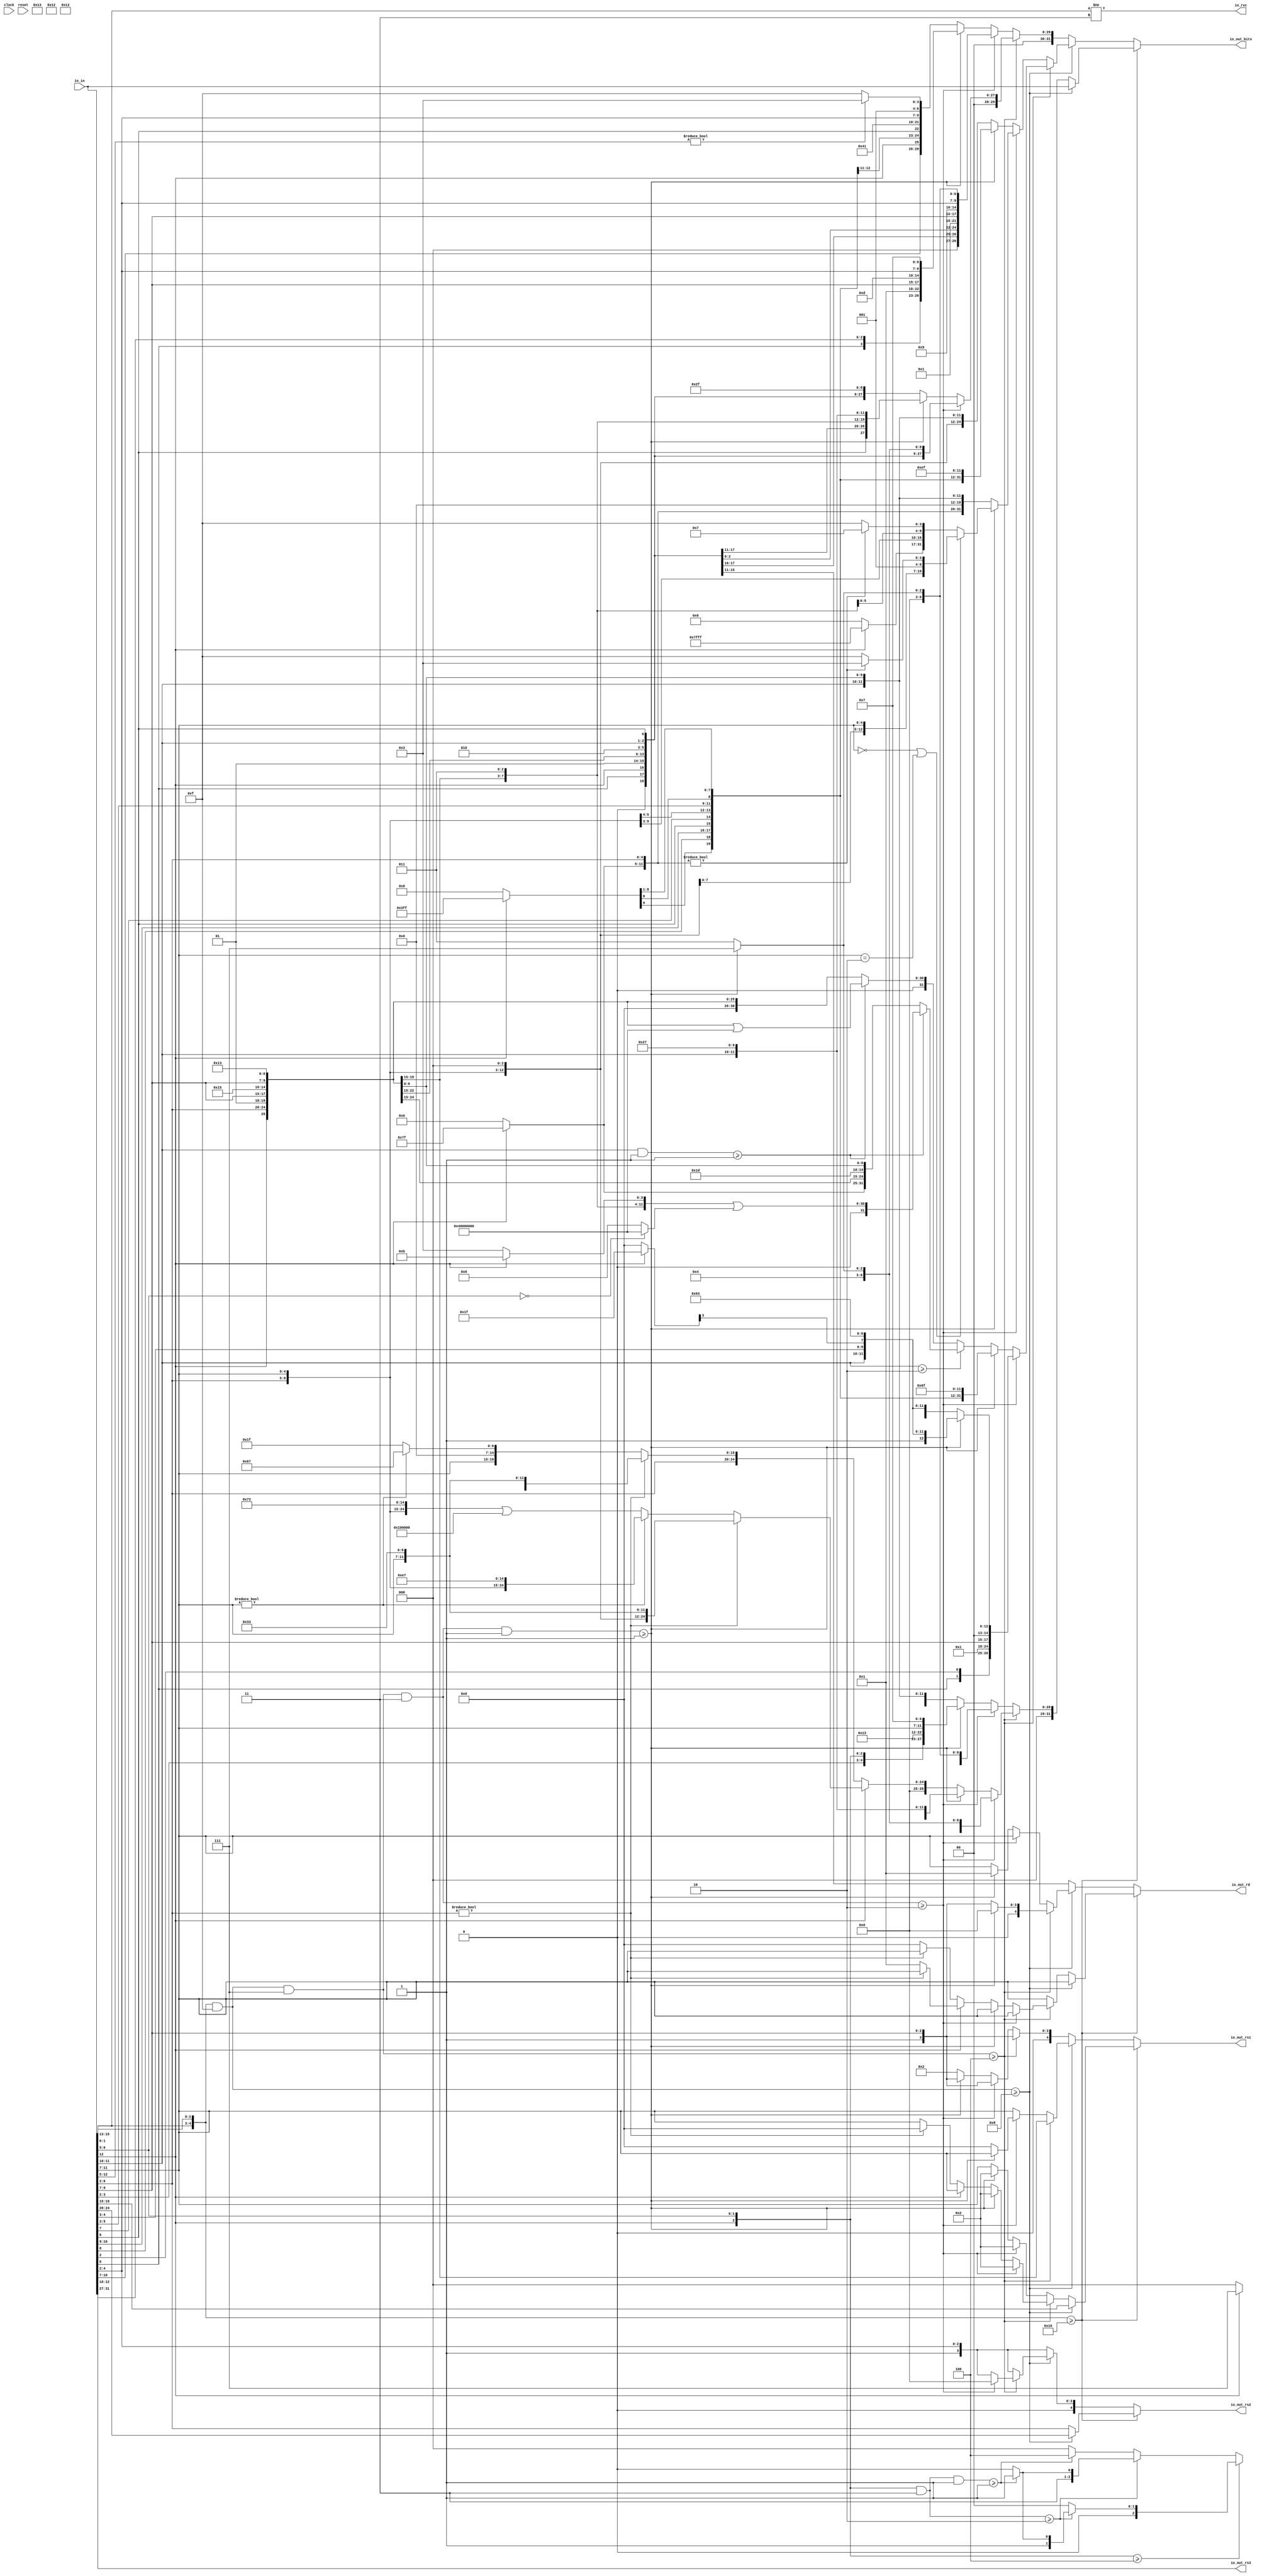
module RVCExpander(
  input   clock,
  input   reset,
  input  [31:0] io_in,
  output [31:0] io_out_bits,
  output [4:0] io_out_rd,
  output [4:0] io_out_rs1,
  output [4:0] io_out_rs2,
  output [4:0] io_out_rs3,
  output  io_rvc
);
  wire [1:0] T_12;
  wire  T_14;
  wire [7:0] T_15;
  wire  T_17;
  wire [6:0] T_20;
  wire [3:0] T_21;
  wire [1:0] T_22;
  wire  T_23;
  wire  T_24;
  wire [2:0] T_26;
  wire [5:0] T_27;
  wire [6:0] T_28;
  wire [9:0] T_29;
  wire [2:0] T_33;
  wire [4:0] T_34;
  wire [11:0] T_35;
  wire [14:0] T_36;
  wire [17:0] T_37;
  wire [29:0] T_38;
  wire [4:0] T_46;
  wire [31:0] T_53_bits;
  wire [4:0] T_53_rd;
  wire [4:0] T_53_rs1;
  wire [4:0] T_53_rs2;
  wire [4:0] T_53_rs3;
  wire [1:0] T_59;
  wire [2:0] T_60;
  wire [4:0] T_62;
  wire [7:0] T_63;
  wire [2:0] T_65;
  wire [4:0] T_66;
  wire [11:0] T_72;
  wire [12:0] T_73;
  wire [15:0] T_74;
  wire [27:0] T_75;
  wire [31:0] T_92_bits;
  wire [4:0] T_92_rd;
  wire [4:0] T_92_rs1;
  wire [4:0] T_92_rs2;
  wire [4:0] T_92_rs3;
  wire [3:0] T_103;
  wire [6:0] T_104;
  wire [11:0] T_113;
  wire [11:0] T_114;
  wire [14:0] T_115;
  wire [26:0] T_116;
  wire [31:0] T_133_bits;
  wire [4:0] T_133_rd;
  wire [4:0] T_133_rs1;
  wire [4:0] T_133_rs2;
  wire [4:0] T_133_rs3;
  wire [26:0] T_157;
  wire [31:0] T_174_bits;
  wire [4:0] T_174_rd;
  wire [4:0] T_174_rs1;
  wire [4:0] T_174_rs2;
  wire [4:0] T_174_rs3;
  wire [1:0] T_187;
  wire [4:0] T_202;
  wire [7:0] T_204;
  wire [14:0] T_205;
  wire [6:0] T_206;
  wire [11:0] T_207;
  wire [26:0] T_208;
  wire [31:0] T_225_bits;
  wire [4:0] T_225_rd;
  wire [4:0] T_225_rs1;
  wire [4:0] T_225_rs2;
  wire [4:0] T_225_rs3;
  wire [2:0] T_236;
  wire [4:0] T_249;
  wire [7:0] T_251;
  wire [14:0] T_252;
  wire [7:0] T_253;
  wire [12:0] T_254;
  wire [27:0] T_255;
  wire [31:0] T_272_bits;
  wire [4:0] T_272_rd;
  wire [4:0] T_272_rs1;
  wire [4:0] T_272_rs2;
  wire [4:0] T_272_rs3;
  wire [14:0] T_303;
  wire [26:0] T_306;
  wire [31:0] T_323_bits;
  wire [4:0] T_323_rd;
  wire [4:0] T_323_rs1;
  wire [4:0] T_323_rs2;
  wire [4:0] T_323_rs3;
  wire [14:0] T_354;
  wire [26:0] T_357;
  wire [31:0] T_374_bits;
  wire [4:0] T_374_rd;
  wire [4:0] T_374_rs1;
  wire [4:0] T_374_rs2;
  wire [4:0] T_374_rs3;
  wire  T_380;
  wire [6:0] T_384;
  wire [4:0] T_385;
  wire [11:0] T_386;
  wire [4:0] T_387;
  wire [11:0] T_391;
  wire [16:0] T_392;
  wire [19:0] T_393;
  wire [31:0] T_394;
  wire [31:0] T_407_bits;
  wire [4:0] T_407_rd;
  wire [4:0] T_407_rs1;
  wire [4:0] T_407_rs2;
  wire [4:0] T_407_rs3;
  wire [9:0] T_417;
  wire  T_418;
  wire [1:0] T_419;
  wire  T_421;
  wire  T_422;
  wire  T_423;
  wire [2:0] T_424;
  wire [3:0] T_426;
  wire [1:0] T_427;
  wire [5:0] T_428;
  wire [1:0] T_429;
  wire [10:0] T_430;
  wire [12:0] T_431;
  wire [14:0] T_432;
  wire [20:0] T_433;
  wire  T_434;
  wire [9:0] T_456;
  wire  T_478;
  wire [7:0] T_500;
  wire [12:0] T_503;
  wire [19:0] T_504;
  wire [10:0] T_505;
  wire [11:0] T_506;
  wire [31:0] T_507;
  wire [31:0] T_520_bits;
  wire [4:0] T_520_rd;
  wire [4:0] T_520_rs1;
  wire [4:0] T_520_rs2;
  wire [4:0] T_520_rs3;
  wire [16:0] T_538;
  wire [19:0] T_539;
  wire [31:0] T_540;
  wire [31:0] T_553_bits;
  wire [4:0] T_553_rd;
  wire [4:0] T_553_rs1;
  wire [4:0] T_553_rs2;
  wire [4:0] T_553_rs3;
  wire  T_567;
  wire [6:0] T_570;
  wire [14:0] T_575;
  wire [19:0] T_578;
  wire [31:0] T_579;
  wire [19:0] T_580;
  wire [24:0] T_582;
  wire [31:0] T_583;
  wire [31:0] T_596_bits;
  wire [4:0] T_596_rd;
  wire [4:0] T_596_rs1;
  wire [4:0] T_596_rs2;
  wire [4:0] T_596_rs3;
  wire  T_604;
  wire  T_607;
  wire  T_608;
  wire [6:0] T_620;
  wire [2:0] T_625;
  wire [1:0] T_626;
  wire [1:0] T_631;
  wire [5:0] T_632;
  wire [4:0] T_633;
  wire [5:0] T_634;
  wire [11:0] T_635;
  wire [11:0] T_639;
  wire [16:0] T_640;
  wire [19:0] T_641;
  wire [31:0] T_642;
  wire [31:0] T_655_bits;
  wire [4:0] T_655_rd;
  wire [4:0] T_655_rs1;
  wire [4:0] T_655_rs2;
  wire [4:0] T_655_rs3;
  wire [31:0] T_661_bits;
  wire [4:0] T_661_rd;
  wire [4:0] T_661_rs1;
  wire [4:0] T_661_rs2;
  wire [4:0] T_661_rs3;
  wire [5:0] T_669;
  wire [11:0] T_678;
  wire [10:0] T_679;
  wire [13:0] T_680;
  wire [25:0] T_681;
  wire [30:0] GEN_0;
  wire [30:0] T_698;
  wire [16:0] T_715;
  wire [19:0] T_716;
  wire [31:0] T_717;
  wire [2:0] T_728;
  wire [2:0] T_730;
  wire  T_732;
  wire [2:0] T_734;
  wire  T_736;
  wire  T_740;
  wire [1:0] T_741;
  wire [1:0] T_747;
  wire [2:0] T_756;
  wire [2:0] T_761;
  wire [2:0] T_762;
  wire [2:0] T_763;
  wire  T_766;
  wire [30:0] T_769;
  wire [6:0] T_773;
  wire [11:0] T_783;
  wire [9:0] T_784;
  wire [12:0] T_785;
  wire [24:0] T_786;
  wire [30:0] GEN_1;
  wire [30:0] T_787;
  wire [1:0] T_788;
  wire [1:0] T_790;
  wire  T_792;
  wire  T_796;
  wire [31:0] T_797;
  wire [30:0] T_802;
  wire [31:0] T_803;
  wire [31:0] T_820_bits;
  wire [4:0] T_820_rd;
  wire [4:0] T_820_rs1;
  wire [4:0] T_820_rs2;
  wire [4:0] T_820_rs3;
  wire [12:0] T_916;
  wire [19:0] T_917;
  wire [31:0] T_920;
  wire [31:0] T_935_bits;
  wire [4:0] T_935_rd;
  wire [4:0] T_935_rs1;
  wire [4:0] T_935_rs2;
  wire [4:0] T_935_rs3;
  wire [4:0] T_945;
  wire [3:0] T_951;
  wire [4:0] T_952;
  wire [6:0] T_953;
  wire [7:0] T_954;
  wire [12:0] T_955;
  wire  T_956;
  wire [5:0] T_972;
  wire [3:0] T_993;
  wire  T_1009;
  wire [7:0] T_1011;
  wire [6:0] T_1012;
  wire [14:0] T_1013;
  wire [9:0] T_1014;
  wire [6:0] T_1015;
  wire [16:0] T_1016;
  wire [31:0] T_1017;
  wire [31:0] T_1032_bits;
  wire [4:0] T_1032_rd;
  wire [4:0] T_1032_rs1;
  wire [4:0] T_1032_rs2;
  wire [4:0] T_1032_rs3;
  wire [6:0] T_1109;
  wire [14:0] T_1110;
  wire [31:0] T_1114;
  wire [31:0] T_1127_bits;
  wire [4:0] T_1127_rd;
  wire [4:0] T_1127_rs1;
  wire [4:0] T_1127_rs2;
  wire [4:0] T_1127_rs3;
  wire [10:0] T_1141;
  wire [13:0] T_1142;
  wire [25:0] T_1143;
  wire [31:0] T_1154_bits;
  wire [4:0] T_1154_rd;
  wire [4:0] T_1154_rs1;
  wire [4:0] T_1154_rs2;
  wire [4:0] T_1154_rs3;
  wire [4:0] T_1164;
  wire [3:0] T_1165;
  wire [8:0] T_1166;
  wire [11:0] T_1171;
  wire [13:0] T_1172;
  wire [16:0] T_1173;
  wire [28:0] T_1174;
  wire [31:0] T_1185_bits;
  wire [4:0] T_1185_rd;
  wire [4:0] T_1185_rs1;
  wire [4:0] T_1185_rs2;
  wire [4:0] T_1185_rs3;
  wire [1:0] T_1191;
  wire [2:0] T_1193;
  wire [4:0] T_1195;
  wire [2:0] T_1196;
  wire [7:0] T_1197;
  wire [11:0] T_1202;
  wire [12:0] T_1203;
  wire [15:0] T_1204;
  wire [27:0] T_1205;
  wire [31:0] T_1216_bits;
  wire [4:0] T_1216_rd;
  wire [4:0] T_1216_rs1;
  wire [4:0] T_1216_rs2;
  wire [4:0] T_1216_rs3;
  wire [27:0] T_1236;
  wire [31:0] T_1247_bits;
  wire [4:0] T_1247_rd;
  wire [4:0] T_1247_rs1;
  wire [4:0] T_1247_rs2;
  wire [4:0] T_1247_rs3;
  wire [11:0] T_1258;
  wire [9:0] T_1259;
  wire [12:0] T_1260;
  wire [24:0] T_1261;
  wire [31:0] T_1272_bits;
  wire [4:0] T_1272_rd;
  wire [4:0] T_1272_rs1;
  wire [4:0] T_1272_rs2;
  wire [4:0] T_1272_rs3;
  wire [9:0] T_1284;
  wire [12:0] T_1285;
  wire [24:0] T_1286;
  wire [31:0] T_1297_bits;
  wire [4:0] T_1297_rd;
  wire [4:0] T_1297_rs1;
  wire [4:0] T_1297_rs2;
  wire [4:0] T_1297_rs3;
  wire [24:0] T_1311;
  wire [17:0] T_1312;
  wire [24:0] T_1314;
  wire  T_1317;
  wire [24:0] T_1318;
  wire [31:0] T_1329_bits;
  wire [4:0] T_1329_rd;
  wire [4:0] T_1329_rs1;
  wire [4:0] T_1329_rs2;
  wire [4:0] T_1329_rs3;
  wire  T_1337;
  wire [31:0] T_1338_bits;
  wire [4:0] T_1338_rd;
  wire [4:0] T_1338_rs1;
  wire [4:0] T_1338_rs2;
  wire [4:0] T_1338_rs3;
  wire [24:0] T_1352;
  wire [24:0] T_1355;
  wire [24:0] T_1357;
  wire [24:0] T_1361;
  wire [31:0] T_1372_bits;
  wire [4:0] T_1372_rd;
  wire [4:0] T_1372_rs1;
  wire [4:0] T_1372_rs2;
  wire [4:0] T_1372_rs3;
  wire [31:0] T_1381_bits;
  wire [4:0] T_1381_rd;
  wire [4:0] T_1381_rs1;
  wire [4:0] T_1381_rs2;
  wire [4:0] T_1381_rs3;
  wire [31:0] T_1388_bits;
  wire [4:0] T_1388_rd;
  wire [4:0] T_1388_rs1;
  wire [4:0] T_1388_rs2;
  wire [4:0] T_1388_rs3;
  wire [5:0] T_1397;
  wire [8:0] T_1398;
  wire [3:0] T_1399;
  wire [4:0] T_1408;
  wire [7:0] T_1410;
  wire [14:0] T_1411;
  wire [8:0] T_1412;
  wire [13:0] T_1413;
  wire [28:0] T_1414;
  wire [31:0] T_1425_bits;
  wire [4:0] T_1425_rd;
  wire [4:0] T_1425_rs1;
  wire [4:0] T_1425_rs2;
  wire [4:0] T_1425_rs3;
  wire [1:0] T_1431;
  wire [3:0] T_1432;
  wire [5:0] T_1434;
  wire [7:0] T_1435;
  wire [2:0] T_1436;
  wire [4:0] T_1445;
  wire [7:0] T_1447;
  wire [14:0] T_1448;
  wire [7:0] T_1449;
  wire [12:0] T_1450;
  wire [27:0] T_1451;
  wire [31:0] T_1462_bits;
  wire [4:0] T_1462_rd;
  wire [4:0] T_1462_rs1;
  wire [4:0] T_1462_rs2;
  wire [4:0] T_1462_rs3;
  wire [14:0] T_1485;
  wire [27:0] T_1488;
  wire [31:0] T_1499_bits;
  wire [4:0] T_1499_rd;
  wire [4:0] T_1499_rs1;
  wire [4:0] T_1499_rs2;
  wire [4:0] T_1499_rs3;
  wire [4:0] T_1506;
  wire [4:0] T_1507;
  wire [31:0] T_1515_bits;
  wire [4:0] T_1515_rd;
  wire [4:0] T_1515_rs1;
  wire [4:0] T_1515_rs2;
  wire [4:0] T_1515_rs3;
  wire [31:0] T_1531_bits;
  wire [4:0] T_1531_rd;
  wire [4:0] T_1531_rs1;
  wire [4:0] T_1531_rs2;
  wire [4:0] T_1531_rs3;
  wire [31:0] T_1547_bits;
  wire [4:0] T_1547_rd;
  wire [4:0] T_1547_rs1;
  wire [4:0] T_1547_rs2;
  wire [4:0] T_1547_rs3;
  wire [31:0] T_1563_bits;
  wire [4:0] T_1563_rd;
  wire [4:0] T_1563_rs1;
  wire [4:0] T_1563_rs2;
  wire [4:0] T_1563_rs3;
  wire [31:0] T_1579_bits;
  wire [4:0] T_1579_rd;
  wire [4:0] T_1579_rs1;
  wire [4:0] T_1579_rs2;
  wire [4:0] T_1579_rs3;
  wire [31:0] T_1595_bits;
  wire [4:0] T_1595_rd;
  wire [4:0] T_1595_rs1;
  wire [4:0] T_1595_rs2;
  wire [4:0] T_1595_rs3;
  wire [31:0] T_1611_bits;
  wire [4:0] T_1611_rd;
  wire [4:0] T_1611_rs1;
  wire [4:0] T_1611_rs2;
  wire [4:0] T_1611_rs3;
  wire [31:0] T_1627_bits;
  wire [4:0] T_1627_rd;
  wire [4:0] T_1627_rs1;
  wire [4:0] T_1627_rs2;
  wire [4:0] T_1627_rs3;
  wire [2:0] T_1634;
  wire [4:0] T_1635;
  wire [4:0] T_1637;
  wire  T_1639;
  wire [4:0] T_1641;
  wire  T_1643;
  wire [4:0] T_1645;
  wire  T_1647;
  wire [4:0] T_1649;
  wire  T_1651;
  wire  T_1655;
  wire [31:0] T_1656_bits;
  wire [4:0] T_1656_rd;
  wire [4:0] T_1656_rs1;
  wire [4:0] T_1656_rs2;
  wire [4:0] T_1656_rs3;
  wire [31:0] T_1666_bits;
  wire [4:0] T_1666_rd;
  wire [4:0] T_1666_rs1;
  wire [4:0] T_1666_rs2;
  wire [4:0] T_1666_rs3;
  wire [31:0] T_1672_bits;
  wire [4:0] T_1672_rd;
  wire [4:0] T_1672_rs1;
  wire [4:0] T_1672_rs2;
  wire [4:0] T_1672_rs3;
  wire [31:0] T_1686_bits;
  wire [4:0] T_1686_rd;
  wire [4:0] T_1686_rs1;
  wire [4:0] T_1686_rs2;
  wire [4:0] T_1686_rs3;
  wire [31:0] T_1696_bits;
  wire [4:0] T_1696_rd;
  wire [4:0] T_1696_rs1;
  wire [4:0] T_1696_rs2;
  wire [4:0] T_1696_rs3;
  wire [31:0] T_1702_bits;
  wire [4:0] T_1702_rd;
  wire [4:0] T_1702_rs1;
  wire [4:0] T_1702_rs2;
  wire [4:0] T_1702_rs3;
  wire [31:0] T_1708_bits;
  wire [4:0] T_1708_rd;
  wire [4:0] T_1708_rs1;
  wire [4:0] T_1708_rs2;
  wire [4:0] T_1708_rs3;
  wire [31:0] T_1726_bits;
  wire [4:0] T_1726_rd;
  wire [4:0] T_1726_rs1;
  wire [4:0] T_1726_rs2;
  wire [4:0] T_1726_rs3;
  wire [31:0] T_1736_bits;
  wire [4:0] T_1736_rd;
  wire [4:0] T_1736_rs1;
  wire [4:0] T_1736_rs2;
  wire [4:0] T_1736_rs3;
  wire [31:0] T_1742_bits;
  wire [4:0] T_1742_rd;
  wire [4:0] T_1742_rs1;
  wire [4:0] T_1742_rs2;
  wire [4:0] T_1742_rs3;
  wire [31:0] T_1756_bits;
  wire [4:0] T_1756_rd;
  wire [4:0] T_1756_rs1;
  wire [4:0] T_1756_rs2;
  wire [4:0] T_1756_rs3;
  wire [31:0] T_1766_bits;
  wire [4:0] T_1766_rd;
  wire [4:0] T_1766_rs1;
  wire [4:0] T_1766_rs2;
  wire [4:0] T_1766_rs3;
  wire [31:0] T_1772_bits;
  wire [4:0] T_1772_rd;
  wire [4:0] T_1772_rs1;
  wire [4:0] T_1772_rs2;
  wire [4:0] T_1772_rs3;
  wire [31:0] T_1778_bits;
  wire [4:0] T_1778_rd;
  wire [4:0] T_1778_rs1;
  wire [4:0] T_1778_rs2;
  wire [4:0] T_1778_rs3;
  wire [31:0] T_1784_bits;
  wire [4:0] T_1784_rd;
  wire [4:0] T_1784_rs1;
  wire [4:0] T_1784_rs2;
  wire [4:0] T_1784_rs3;
  wire [31:0] T_1806_bits;
  wire [4:0] T_1806_rd;
  wire [4:0] T_1806_rs1;
  wire [4:0] T_1806_rs2;
  wire [4:0] T_1806_rs3;
  wire [31:0] T_1816_bits;
  wire [4:0] T_1816_rd;
  wire [4:0] T_1816_rs1;
  wire [4:0] T_1816_rs2;
  wire [4:0] T_1816_rs3;
  wire [31:0] T_1822_bits;
  wire [4:0] T_1822_rd;
  wire [4:0] T_1822_rs1;
  wire [4:0] T_1822_rs2;
  wire [4:0] T_1822_rs3;
  wire [31:0] T_1836_bits;
  wire [4:0] T_1836_rd;
  wire [4:0] T_1836_rs1;
  wire [4:0] T_1836_rs2;
  wire [4:0] T_1836_rs3;
  wire [31:0] T_1846_bits;
  wire [4:0] T_1846_rd;
  wire [4:0] T_1846_rs1;
  wire [4:0] T_1846_rs2;
  wire [4:0] T_1846_rs3;
  wire [31:0] T_1852_bits;
  wire [4:0] T_1852_rd;
  wire [4:0] T_1852_rs1;
  wire [4:0] T_1852_rs2;
  wire [4:0] T_1852_rs3;
  wire [31:0] T_1858_bits;
  wire [4:0] T_1858_rd;
  wire [4:0] T_1858_rs1;
  wire [4:0] T_1858_rs2;
  wire [4:0] T_1858_rs3;
  wire [31:0] T_1876_bits;
  wire [4:0] T_1876_rd;
  wire [4:0] T_1876_rs1;
  wire [4:0] T_1876_rs2;
  wire [4:0] T_1876_rs3;
  wire [31:0] T_1886_bits;
  wire [4:0] T_1886_rd;
  wire [4:0] T_1886_rs1;
  wire [4:0] T_1886_rs2;
  wire [4:0] T_1886_rs3;
  wire [31:0] T_1892_bits;
  wire [4:0] T_1892_rd;
  wire [4:0] T_1892_rs1;
  wire [4:0] T_1892_rs2;
  wire [4:0] T_1892_rs3;
  wire [31:0] T_1906_bits;
  wire [4:0] T_1906_rd;
  wire [4:0] T_1906_rs1;
  wire [4:0] T_1906_rs2;
  wire [4:0] T_1906_rs3;
  wire [31:0] T_1916_bits;
  wire [4:0] T_1916_rd;
  wire [4:0] T_1916_rs1;
  wire [4:0] T_1916_rs2;
  wire [4:0] T_1916_rs3;
  wire [31:0] T_1922_bits;
  wire [4:0] T_1922_rd;
  wire [4:0] T_1922_rs1;
  wire [4:0] T_1922_rs2;
  wire [4:0] T_1922_rs3;
  wire [31:0] T_1928_bits;
  wire [4:0] T_1928_rd;
  wire [4:0] T_1928_rs1;
  wire [4:0] T_1928_rs2;
  wire [4:0] T_1928_rs3;
  wire [31:0] T_1934_bits;
  wire [4:0] T_1934_rd;
  wire [4:0] T_1934_rs1;
  wire [4:0] T_1934_rs2;
  wire [4:0] T_1934_rs3;
  wire [31:0] T_1940_bits;
  wire [4:0] T_1940_rd;
  wire [4:0] T_1940_rs1;
  wire [4:0] T_1940_rs2;
  wire [4:0] T_1940_rs3;
  assign io_out_bits = T_1940_bits;
  assign io_out_rd = T_1940_rd;
  assign io_out_rs1 = T_1940_rs1;
  assign io_out_rs2 = T_1940_rs2;
  assign io_out_rs3 = T_1940_rs3;
  assign io_rvc = T_14;
  assign T_12 = io_in[1:0];
  assign T_14 = T_12 != 2'h3;
  assign T_15 = io_in[12:5];
  assign T_17 = T_15 != 8'h0;
  assign T_20 = T_17 ? 7'h13 : 7'h1f;
  assign T_21 = io_in[10:7];
  assign T_22 = io_in[12:11];
  assign T_23 = io_in[5];
  assign T_24 = io_in[6];
  assign T_26 = {T_24,2'h0};
  assign T_27 = {T_21,T_22};
  assign T_28 = {T_27,T_23};
  assign T_29 = {T_28,T_26};
  assign T_33 = io_in[4:2];
  assign T_34 = {2'h1,T_33};
  assign T_35 = {T_34,T_20};
  assign T_36 = {T_29,5'h2};
  assign T_37 = {T_36,3'h0};
  assign T_38 = {T_37,T_35};
  assign T_46 = io_in[31:27];
  assign T_53_bits = {{2'd0}, T_38};
  assign T_53_rd = T_34;
  assign T_53_rs1 = 5'h2;
  assign T_53_rs2 = T_34;
  assign T_53_rs3 = T_46;
  assign T_59 = io_in[6:5];
  assign T_60 = io_in[12:10];
  assign T_62 = {T_59,T_60};
  assign T_63 = {T_62,3'h0};
  assign T_65 = io_in[9:7];
  assign T_66 = {2'h1,T_65};
  assign T_72 = {T_34,7'h7};
  assign T_73 = {T_63,T_66};
  assign T_74 = {T_73,3'h3};
  assign T_75 = {T_74,T_72};
  assign T_92_bits = {{4'd0}, T_75};
  assign T_92_rd = T_34;
  assign T_92_rs1 = T_66;
  assign T_92_rs2 = T_34;
  assign T_92_rs3 = T_46;
  assign T_103 = {T_23,T_60};
  assign T_104 = {T_103,T_26};
  assign T_113 = {T_34,7'h3};
  assign T_114 = {T_104,T_66};
  assign T_115 = {T_114,3'h2};
  assign T_116 = {T_115,T_113};
  assign T_133_bits = {{5'd0}, T_116};
  assign T_133_rd = T_34;
  assign T_133_rs1 = T_66;
  assign T_133_rs2 = T_34;
  assign T_133_rs3 = T_46;
  assign T_157 = {T_115,T_72};
  assign T_174_bits = {{5'd0}, T_157};
  assign T_174_rd = T_34;
  assign T_174_rs1 = T_66;
  assign T_174_rs2 = T_34;
  assign T_174_rs3 = T_46;
  assign T_187 = T_104[6:5];
  assign T_202 = T_104[4:0];
  assign T_204 = {3'h2,T_202};
  assign T_205 = {T_204,7'h2f};
  assign T_206 = {T_187,T_34};
  assign T_207 = {T_206,T_66};
  assign T_208 = {T_207,T_205};
  assign T_225_bits = {{5'd0}, T_208};
  assign T_225_rd = T_34;
  assign T_225_rs1 = T_66;
  assign T_225_rs2 = T_34;
  assign T_225_rs3 = T_46;
  assign T_236 = T_63[7:5];
  assign T_249 = T_63[4:0];
  assign T_251 = {3'h3,T_249};
  assign T_252 = {T_251,7'h27};
  assign T_253 = {T_236,T_34};
  assign T_254 = {T_253,T_66};
  assign T_255 = {T_254,T_252};
  assign T_272_bits = {{4'd0}, T_255};
  assign T_272_rd = T_34;
  assign T_272_rs1 = T_66;
  assign T_272_rs2 = T_34;
  assign T_272_rs3 = T_46;
  assign T_303 = {T_204,7'h23};
  assign T_306 = {T_207,T_303};
  assign T_323_bits = {{5'd0}, T_306};
  assign T_323_rd = T_34;
  assign T_323_rs1 = T_66;
  assign T_323_rs2 = T_34;
  assign T_323_rs3 = T_46;
  assign T_354 = {T_204,7'h27};
  assign T_357 = {T_207,T_354};
  assign T_374_bits = {{5'd0}, T_357};
  assign T_374_rd = T_34;
  assign T_374_rs1 = T_66;
  assign T_374_rs2 = T_34;
  assign T_374_rs3 = T_46;
  assign T_380 = io_in[12];
  assign T_384 = T_380 ? 7'h7f : 7'h0;
  assign T_385 = io_in[6:2];
  assign T_386 = {T_384,T_385};
  assign T_387 = io_in[11:7];
  assign T_391 = {T_387,7'h13};
  assign T_392 = {T_386,T_387};
  assign T_393 = {T_392,3'h0};
  assign T_394 = {T_393,T_391};
  assign T_407_bits = T_394;
  assign T_407_rd = T_387;
  assign T_407_rs1 = T_387;
  assign T_407_rs2 = T_34;
  assign T_407_rs3 = T_46;
  assign T_417 = T_380 ? 10'h3ff : 10'h0;
  assign T_418 = io_in[8];
  assign T_419 = io_in[10:9];
  assign T_421 = io_in[7];
  assign T_422 = io_in[2];
  assign T_423 = io_in[11];
  assign T_424 = io_in[5:3];
  assign T_426 = {T_424,1'h0};
  assign T_427 = {T_422,T_423};
  assign T_428 = {T_427,T_426};
  assign T_429 = {T_24,T_421};
  assign T_430 = {T_417,T_418};
  assign T_431 = {T_430,T_419};
  assign T_432 = {T_431,T_429};
  assign T_433 = {T_432,T_428};
  assign T_434 = T_433[20];
  assign T_456 = T_433[10:1];
  assign T_478 = T_433[11];
  assign T_500 = T_433[19:12];
  assign T_503 = {T_500,5'h1};
  assign T_504 = {T_503,7'h6f};
  assign T_505 = {T_434,T_456};
  assign T_506 = {T_505,T_478};
  assign T_507 = {T_506,T_504};
  assign T_520_bits = T_507;
  assign T_520_rd = 5'h1;
  assign T_520_rs1 = T_387;
  assign T_520_rs2 = T_34;
  assign T_520_rs3 = T_46;
  assign T_538 = {T_386,5'h0};
  assign T_539 = {T_538,3'h0};
  assign T_540 = {T_539,T_391};
  assign T_553_bits = T_540;
  assign T_553_rd = T_387;
  assign T_553_rs1 = 5'h0;
  assign T_553_rs2 = T_34;
  assign T_553_rs3 = T_46;
  assign T_567 = T_386 != 12'h0;
  assign T_570 = T_567 ? 7'h37 : 7'h3f;
  assign T_575 = T_380 ? 15'h7fff : 15'h0;
  assign T_578 = {T_575,T_385};
  assign T_579 = {T_578,12'h0};
  assign T_580 = T_579[31:12];
  assign T_582 = {T_580,T_387};
  assign T_583 = {T_582,T_570};
  assign T_596_bits = T_583;
  assign T_596_rd = T_387;
  assign T_596_rs1 = T_387;
  assign T_596_rs2 = T_34;
  assign T_596_rs3 = T_46;
  assign T_604 = T_387 == 5'h0;
  assign T_607 = T_387 == 5'h2;
  assign T_608 = T_604 | T_607;
  assign T_620 = T_567 ? 7'h13 : 7'h1f;
  assign T_625 = T_380 ? 3'h7 : 3'h0;
  assign T_626 = io_in[4:3];
  assign T_631 = {T_422,T_24};
  assign T_632 = {T_631,4'h0};
  assign T_633 = {T_625,T_626};
  assign T_634 = {T_633,T_23};
  assign T_635 = {T_634,T_632};
  assign T_639 = {T_387,T_620};
  assign T_640 = {T_635,T_387};
  assign T_641 = {T_640,3'h0};
  assign T_642 = {T_641,T_639};
  assign T_655_bits = T_642;
  assign T_655_rd = T_387;
  assign T_655_rs1 = T_387;
  assign T_655_rs2 = T_34;
  assign T_655_rs3 = T_46;
  assign T_661_bits = T_608 ? T_655_bits : T_596_bits;
  assign T_661_rd = T_608 ? T_655_rd : T_596_rd;
  assign T_661_rs1 = T_608 ? T_655_rs1 : T_596_rs1;
  assign T_661_rs2 = T_608 ? T_655_rs2 : T_596_rs2;
  assign T_661_rs3 = T_608 ? T_655_rs3 : T_596_rs3;
  assign T_669 = {T_380,T_385};
  assign T_678 = {T_66,7'h13};
  assign T_679 = {T_669,T_66};
  assign T_680 = {T_679,3'h5};
  assign T_681 = {T_680,T_678};
  assign GEN_0 = {{5'd0}, T_681};
  assign T_698 = GEN_0 | 31'h40000000;
  assign T_715 = {T_386,T_66};
  assign T_716 = {T_715,3'h7};
  assign T_717 = {T_716,T_678};
  assign T_728 = {T_380,T_59};
  assign T_730 = T_728 & 3'h3;
  assign T_732 = T_728 >= 3'h4;
  assign T_734 = T_730 & 3'h1;
  assign T_736 = T_730 >= 3'h2;
  assign T_740 = T_734 >= 3'h1;
  assign T_741 = T_740 ? 2'h3 : 2'h2;
  assign T_747 = T_736 ? T_741 : 2'h0;
  assign T_756 = T_740 ? 3'h7 : 3'h6;
  assign T_761 = T_740 ? 3'h4 : 3'h0;
  assign T_762 = T_736 ? T_756 : T_761;
  assign T_763 = T_732 ? {{1'd0}, T_747} : T_762;
  assign T_766 = T_59 == 2'h0;
  assign T_769 = T_766 ? 31'h40000000 : 31'h0;
  assign T_773 = T_380 ? 7'h3b : 7'h33;
  assign T_783 = {T_66,T_773};
  assign T_784 = {T_34,T_66};
  assign T_785 = {T_784,T_763};
  assign T_786 = {T_785,T_783};
  assign GEN_1 = {{6'd0}, T_786};
  assign T_787 = GEN_1 | T_769;
  assign T_788 = io_in[11:10];
  assign T_790 = T_788 & 2'h1;
  assign T_792 = T_788 >= 2'h2;
  assign T_796 = T_790 >= 2'h1;
  assign T_797 = T_796 ? {{1'd0}, T_787} : T_717;
  assign T_802 = T_796 ? T_698 : {{5'd0}, T_681};
  assign T_803 = T_792 ? T_797 : {{1'd0}, T_802};
  assign T_820_bits = T_803;
  assign T_820_rd = T_66;
  assign T_820_rs1 = T_66;
  assign T_820_rs2 = T_34;
  assign T_820_rs3 = T_46;
  assign T_916 = {T_500,5'h0};
  assign T_917 = {T_916,7'h6f};
  assign T_920 = {T_506,T_917};
  assign T_935_bits = T_920;
  assign T_935_rd = 5'h0;
  assign T_935_rs1 = T_66;
  assign T_935_rs2 = T_34;
  assign T_935_rs3 = T_46;
  assign T_945 = T_380 ? 5'h1f : 5'h0;
  assign T_951 = {T_788,T_626};
  assign T_952 = {T_951,1'h0};
  assign T_953 = {T_945,T_59};
  assign T_954 = {T_953,T_422};
  assign T_955 = {T_954,T_952};
  assign T_956 = T_955[12];
  assign T_972 = T_955[10:5];
  assign T_993 = T_955[4:1];
  assign T_1009 = T_955[11];
  assign T_1011 = {T_1009,7'h63};
  assign T_1012 = {3'h0,T_993};
  assign T_1013 = {T_1012,T_1011};
  assign T_1014 = {5'h0,T_66};
  assign T_1015 = {T_956,T_972};
  assign T_1016 = {T_1015,T_1014};
  assign T_1017 = {T_1016,T_1013};
  assign T_1032_bits = T_1017;
  assign T_1032_rd = T_66;
  assign T_1032_rs1 = T_66;
  assign T_1032_rs2 = 5'h0;
  assign T_1032_rs3 = T_46;
  assign T_1109 = {3'h1,T_993};
  assign T_1110 = {T_1109,T_1011};
  assign T_1114 = {T_1016,T_1110};
  assign T_1127_bits = T_1114;
  assign T_1127_rd = 5'h0;
  assign T_1127_rs1 = T_66;
  assign T_1127_rs2 = 5'h0;
  assign T_1127_rs3 = T_46;
  assign T_1141 = {T_669,T_387};
  assign T_1142 = {T_1141,3'h1};
  assign T_1143 = {T_1142,T_391};
  assign T_1154_bits = {{6'd0}, T_1143};
  assign T_1154_rd = T_387;
  assign T_1154_rs1 = T_387;
  assign T_1154_rs2 = T_385;
  assign T_1154_rs3 = T_46;
  assign T_1164 = {T_59,3'h0};
  assign T_1165 = {T_33,T_380};
  assign T_1166 = {T_1165,T_1164};
  assign T_1171 = {T_387,7'h7};
  assign T_1172 = {T_1166,5'h2};
  assign T_1173 = {T_1172,3'h3};
  assign T_1174 = {T_1173,T_1171};
  assign T_1185_bits = {{3'd0}, T_1174};
  assign T_1185_rd = T_387;
  assign T_1185_rs1 = 5'h2;
  assign T_1185_rs2 = T_385;
  assign T_1185_rs3 = T_46;
  assign T_1191 = io_in[3:2];
  assign T_1193 = io_in[6:4];
  assign T_1195 = {T_1193,2'h0};
  assign T_1196 = {T_1191,T_380};
  assign T_1197 = {T_1196,T_1195};
  assign T_1202 = {T_387,7'h3};
  assign T_1203 = {T_1197,5'h2};
  assign T_1204 = {T_1203,3'h2};
  assign T_1205 = {T_1204,T_1202};
  assign T_1216_bits = {{4'd0}, T_1205};
  assign T_1216_rd = T_387;
  assign T_1216_rs1 = 5'h2;
  assign T_1216_rs2 = T_385;
  assign T_1216_rs3 = T_46;
  assign T_1236 = {T_1204,T_1171};
  assign T_1247_bits = {{4'd0}, T_1236};
  assign T_1247_rd = T_387;
  assign T_1247_rs1 = 5'h2;
  assign T_1247_rs2 = T_385;
  assign T_1247_rs3 = T_46;
  assign T_1258 = {T_387,7'h33};
  assign T_1259 = {T_385,5'h0};
  assign T_1260 = {T_1259,3'h0};
  assign T_1261 = {T_1260,T_1258};
  assign T_1272_bits = {{7'd0}, T_1261};
  assign T_1272_rd = T_387;
  assign T_1272_rs1 = 5'h0;
  assign T_1272_rs2 = T_385;
  assign T_1272_rs3 = T_46;
  assign T_1284 = {T_385,T_387};
  assign T_1285 = {T_1284,3'h0};
  assign T_1286 = {T_1285,T_1258};
  assign T_1297_bits = {{7'd0}, T_1286};
  assign T_1297_rd = T_387;
  assign T_1297_rs1 = T_387;
  assign T_1297_rs2 = T_385;
  assign T_1297_rs3 = T_46;
  assign T_1311 = {T_1285,12'h67};
  assign T_1312 = T_1311[24:7];
  assign T_1314 = {T_1312,7'h1f};
  assign T_1317 = T_387 != 5'h0;
  assign T_1318 = T_1317 ? T_1311 : T_1314;
  assign T_1329_bits = {{7'd0}, T_1318};
  assign T_1329_rd = 5'h0;
  assign T_1329_rs1 = T_387;
  assign T_1329_rs2 = T_385;
  assign T_1329_rs3 = T_46;
  assign T_1337 = T_385 != 5'h0;
  assign T_1338_bits = T_1337 ? T_1272_bits : T_1329_bits;
  assign T_1338_rd = T_1337 ? T_1272_rd : T_1329_rd;
  assign T_1338_rs1 = T_1337 ? T_1272_rs1 : T_1329_rs1;
  assign T_1338_rs2 = T_1337 ? T_1272_rs2 : T_1329_rs2;
  assign T_1338_rs3 = T_1337 ? T_1272_rs3 : T_1329_rs3;
  assign T_1352 = {T_1285,12'he7};
  assign T_1355 = {T_1312,7'h73};
  assign T_1357 = T_1355 | 25'h100000;
  assign T_1361 = T_1317 ? T_1352 : T_1357;
  assign T_1372_bits = {{7'd0}, T_1361};
  assign T_1372_rd = 5'h1;
  assign T_1372_rs1 = T_387;
  assign T_1372_rs2 = T_385;
  assign T_1372_rs3 = T_46;
  assign T_1381_bits = T_1337 ? T_1297_bits : T_1372_bits;
  assign T_1381_rd = T_1337 ? T_1297_rd : T_1372_rd;
  assign T_1381_rs1 = T_1337 ? T_1297_rs1 : T_1372_rs1;
  assign T_1381_rs2 = T_1337 ? T_1297_rs2 : T_1372_rs2;
  assign T_1381_rs3 = T_1337 ? T_1297_rs3 : T_1372_rs3;
  assign T_1388_bits = T_380 ? T_1381_bits : T_1338_bits;
  assign T_1388_rd = T_380 ? T_1381_rd : T_1338_rd;
  assign T_1388_rs1 = T_380 ? T_1381_rs1 : T_1338_rs1;
  assign T_1388_rs2 = T_380 ? T_1381_rs2 : T_1338_rs2;
  assign T_1388_rs3 = T_380 ? T_1381_rs3 : T_1338_rs3;
  assign T_1397 = {T_65,T_60};
  assign T_1398 = {T_1397,3'h0};
  assign T_1399 = T_1398[8:5];
  assign T_1408 = T_1398[4:0];
  assign T_1410 = {3'h3,T_1408};
  assign T_1411 = {T_1410,7'h27};
  assign T_1412 = {T_1399,T_385};
  assign T_1413 = {T_1412,5'h2};
  assign T_1414 = {T_1413,T_1411};
  assign T_1425_bits = {{3'd0}, T_1414};
  assign T_1425_rd = T_387;
  assign T_1425_rs1 = 5'h2;
  assign T_1425_rs2 = T_385;
  assign T_1425_rs3 = T_46;
  assign T_1431 = io_in[8:7];
  assign T_1432 = io_in[12:9];
  assign T_1434 = {T_1431,T_1432};
  assign T_1435 = {T_1434,2'h0};
  assign T_1436 = T_1435[7:5];
  assign T_1445 = T_1435[4:0];
  assign T_1447 = {3'h2,T_1445};
  assign T_1448 = {T_1447,7'h23};
  assign T_1449 = {T_1436,T_385};
  assign T_1450 = {T_1449,5'h2};
  assign T_1451 = {T_1450,T_1448};
  assign T_1462_bits = {{4'd0}, T_1451};
  assign T_1462_rd = T_387;
  assign T_1462_rs1 = 5'h2;
  assign T_1462_rs2 = T_385;
  assign T_1462_rs3 = T_46;
  assign T_1485 = {T_1447,7'h27};
  assign T_1488 = {T_1450,T_1485};
  assign T_1499_bits = {{4'd0}, T_1488};
  assign T_1499_rd = T_387;
  assign T_1499_rs1 = 5'h2;
  assign T_1499_rs2 = T_385;
  assign T_1499_rs3 = T_46;
  assign T_1506 = io_in[19:15];
  assign T_1507 = io_in[24:20];
  assign T_1515_bits = io_in;
  assign T_1515_rd = T_387;
  assign T_1515_rs1 = T_1506;
  assign T_1515_rs2 = T_1507;
  assign T_1515_rs3 = T_46;
  assign T_1531_bits = io_in;
  assign T_1531_rd = T_387;
  assign T_1531_rs1 = T_1506;
  assign T_1531_rs2 = T_1507;
  assign T_1531_rs3 = T_46;
  assign T_1547_bits = io_in;
  assign T_1547_rd = T_387;
  assign T_1547_rs1 = T_1506;
  assign T_1547_rs2 = T_1507;
  assign T_1547_rs3 = T_46;
  assign T_1563_bits = io_in;
  assign T_1563_rd = T_387;
  assign T_1563_rs1 = T_1506;
  assign T_1563_rs2 = T_1507;
  assign T_1563_rs3 = T_46;
  assign T_1579_bits = io_in;
  assign T_1579_rd = T_387;
  assign T_1579_rs1 = T_1506;
  assign T_1579_rs2 = T_1507;
  assign T_1579_rs3 = T_46;
  assign T_1595_bits = io_in;
  assign T_1595_rd = T_387;
  assign T_1595_rs1 = T_1506;
  assign T_1595_rs2 = T_1507;
  assign T_1595_rs3 = T_46;
  assign T_1611_bits = io_in;
  assign T_1611_rd = T_387;
  assign T_1611_rs1 = T_1506;
  assign T_1611_rs2 = T_1507;
  assign T_1611_rs3 = T_46;
  assign T_1627_bits = io_in;
  assign T_1627_rd = T_387;
  assign T_1627_rs1 = T_1506;
  assign T_1627_rs2 = T_1507;
  assign T_1627_rs3 = T_46;
  assign T_1634 = io_in[15:13];
  assign T_1635 = {T_12,T_1634};
  assign T_1637 = T_1635 & 5'hf;
  assign T_1639 = T_1635 >= 5'h10;
  assign T_1641 = T_1637 & 5'h7;
  assign T_1643 = T_1637 >= 5'h8;
  assign T_1645 = T_1641 & 5'h3;
  assign T_1647 = T_1641 >= 5'h4;
  assign T_1649 = T_1645 & 5'h1;
  assign T_1651 = T_1645 >= 5'h2;
  assign T_1655 = T_1649 >= 5'h1;
  assign T_1656_bits = T_1655 ? T_1627_bits : T_1611_bits;
  assign T_1656_rd = T_1655 ? T_1627_rd : T_1611_rd;
  assign T_1656_rs1 = T_1655 ? T_1627_rs1 : T_1611_rs1;
  assign T_1656_rs2 = T_1655 ? T_1627_rs2 : T_1611_rs2;
  assign T_1656_rs3 = T_1655 ? T_1627_rs3 : T_1611_rs3;
  assign T_1666_bits = T_1655 ? T_1595_bits : T_1579_bits;
  assign T_1666_rd = T_1655 ? T_1595_rd : T_1579_rd;
  assign T_1666_rs1 = T_1655 ? T_1595_rs1 : T_1579_rs1;
  assign T_1666_rs2 = T_1655 ? T_1595_rs2 : T_1579_rs2;
  assign T_1666_rs3 = T_1655 ? T_1595_rs3 : T_1579_rs3;
  assign T_1672_bits = T_1651 ? T_1656_bits : T_1666_bits;
  assign T_1672_rd = T_1651 ? T_1656_rd : T_1666_rd;
  assign T_1672_rs1 = T_1651 ? T_1656_rs1 : T_1666_rs1;
  assign T_1672_rs2 = T_1651 ? T_1656_rs2 : T_1666_rs2;
  assign T_1672_rs3 = T_1651 ? T_1656_rs3 : T_1666_rs3;
  assign T_1686_bits = T_1655 ? T_1563_bits : T_1547_bits;
  assign T_1686_rd = T_1655 ? T_1563_rd : T_1547_rd;
  assign T_1686_rs1 = T_1655 ? T_1563_rs1 : T_1547_rs1;
  assign T_1686_rs2 = T_1655 ? T_1563_rs2 : T_1547_rs2;
  assign T_1686_rs3 = T_1655 ? T_1563_rs3 : T_1547_rs3;
  assign T_1696_bits = T_1655 ? T_1531_bits : T_1515_bits;
  assign T_1696_rd = T_1655 ? T_1531_rd : T_1515_rd;
  assign T_1696_rs1 = T_1655 ? T_1531_rs1 : T_1515_rs1;
  assign T_1696_rs2 = T_1655 ? T_1531_rs2 : T_1515_rs2;
  assign T_1696_rs3 = T_1655 ? T_1531_rs3 : T_1515_rs3;
  assign T_1702_bits = T_1651 ? T_1686_bits : T_1696_bits;
  assign T_1702_rd = T_1651 ? T_1686_rd : T_1696_rd;
  assign T_1702_rs1 = T_1651 ? T_1686_rs1 : T_1696_rs1;
  assign T_1702_rs2 = T_1651 ? T_1686_rs2 : T_1696_rs2;
  assign T_1702_rs3 = T_1651 ? T_1686_rs3 : T_1696_rs3;
  assign T_1708_bits = T_1647 ? T_1672_bits : T_1702_bits;
  assign T_1708_rd = T_1647 ? T_1672_rd : T_1702_rd;
  assign T_1708_rs1 = T_1647 ? T_1672_rs1 : T_1702_rs1;
  assign T_1708_rs2 = T_1647 ? T_1672_rs2 : T_1702_rs2;
  assign T_1708_rs3 = T_1647 ? T_1672_rs3 : T_1702_rs3;
  assign T_1726_bits = T_1655 ? T_1499_bits : T_1462_bits;
  assign T_1726_rd = T_1655 ? T_1499_rd : T_1462_rd;
  assign T_1726_rs1 = T_1655 ? T_1499_rs1 : T_1462_rs1;
  assign T_1726_rs2 = T_1655 ? T_1499_rs2 : T_1462_rs2;
  assign T_1726_rs3 = T_1655 ? T_1499_rs3 : T_1462_rs3;
  assign T_1736_bits = T_1655 ? T_1425_bits : T_1388_bits;
  assign T_1736_rd = T_1655 ? T_1425_rd : T_1388_rd;
  assign T_1736_rs1 = T_1655 ? T_1425_rs1 : T_1388_rs1;
  assign T_1736_rs2 = T_1655 ? T_1425_rs2 : T_1388_rs2;
  assign T_1736_rs3 = T_1655 ? T_1425_rs3 : T_1388_rs3;
  assign T_1742_bits = T_1651 ? T_1726_bits : T_1736_bits;
  assign T_1742_rd = T_1651 ? T_1726_rd : T_1736_rd;
  assign T_1742_rs1 = T_1651 ? T_1726_rs1 : T_1736_rs1;
  assign T_1742_rs2 = T_1651 ? T_1726_rs2 : T_1736_rs2;
  assign T_1742_rs3 = T_1651 ? T_1726_rs3 : T_1736_rs3;
  assign T_1756_bits = T_1655 ? T_1247_bits : T_1216_bits;
  assign T_1756_rd = T_1655 ? T_1247_rd : T_1216_rd;
  assign T_1756_rs1 = T_1655 ? T_1247_rs1 : T_1216_rs1;
  assign T_1756_rs2 = T_1655 ? T_1247_rs2 : T_1216_rs2;
  assign T_1756_rs3 = T_1655 ? T_1247_rs3 : T_1216_rs3;
  assign T_1766_bits = T_1655 ? T_1185_bits : T_1154_bits;
  assign T_1766_rd = T_1655 ? T_1185_rd : T_1154_rd;
  assign T_1766_rs1 = T_1655 ? T_1185_rs1 : T_1154_rs1;
  assign T_1766_rs2 = T_1655 ? T_1185_rs2 : T_1154_rs2;
  assign T_1766_rs3 = T_1655 ? T_1185_rs3 : T_1154_rs3;
  assign T_1772_bits = T_1651 ? T_1756_bits : T_1766_bits;
  assign T_1772_rd = T_1651 ? T_1756_rd : T_1766_rd;
  assign T_1772_rs1 = T_1651 ? T_1756_rs1 : T_1766_rs1;
  assign T_1772_rs2 = T_1651 ? T_1756_rs2 : T_1766_rs2;
  assign T_1772_rs3 = T_1651 ? T_1756_rs3 : T_1766_rs3;
  assign T_1778_bits = T_1647 ? T_1742_bits : T_1772_bits;
  assign T_1778_rd = T_1647 ? T_1742_rd : T_1772_rd;
  assign T_1778_rs1 = T_1647 ? T_1742_rs1 : T_1772_rs1;
  assign T_1778_rs2 = T_1647 ? T_1742_rs2 : T_1772_rs2;
  assign T_1778_rs3 = T_1647 ? T_1742_rs3 : T_1772_rs3;
  assign T_1784_bits = T_1643 ? T_1708_bits : T_1778_bits;
  assign T_1784_rd = T_1643 ? T_1708_rd : T_1778_rd;
  assign T_1784_rs1 = T_1643 ? T_1708_rs1 : T_1778_rs1;
  assign T_1784_rs2 = T_1643 ? T_1708_rs2 : T_1778_rs2;
  assign T_1784_rs3 = T_1643 ? T_1708_rs3 : T_1778_rs3;
  assign T_1806_bits = T_1655 ? T_1127_bits : T_1032_bits;
  assign T_1806_rd = T_1655 ? T_1127_rd : T_1032_rd;
  assign T_1806_rs1 = T_1655 ? T_1127_rs1 : T_1032_rs1;
  assign T_1806_rs2 = T_1655 ? T_1127_rs2 : T_1032_rs2;
  assign T_1806_rs3 = T_1655 ? T_1127_rs3 : T_1032_rs3;
  assign T_1816_bits = T_1655 ? T_935_bits : T_820_bits;
  assign T_1816_rd = T_1655 ? T_935_rd : T_820_rd;
  assign T_1816_rs1 = T_1655 ? T_935_rs1 : T_820_rs1;
  assign T_1816_rs2 = T_1655 ? T_935_rs2 : T_820_rs2;
  assign T_1816_rs3 = T_1655 ? T_935_rs3 : T_820_rs3;
  assign T_1822_bits = T_1651 ? T_1806_bits : T_1816_bits;
  assign T_1822_rd = T_1651 ? T_1806_rd : T_1816_rd;
  assign T_1822_rs1 = T_1651 ? T_1806_rs1 : T_1816_rs1;
  assign T_1822_rs2 = T_1651 ? T_1806_rs2 : T_1816_rs2;
  assign T_1822_rs3 = T_1651 ? T_1806_rs3 : T_1816_rs3;
  assign T_1836_bits = T_1655 ? T_661_bits : T_553_bits;
  assign T_1836_rd = T_1655 ? T_661_rd : T_553_rd;
  assign T_1836_rs1 = T_1655 ? T_661_rs1 : T_553_rs1;
  assign T_1836_rs2 = T_1655 ? T_661_rs2 : T_553_rs2;
  assign T_1836_rs3 = T_1655 ? T_661_rs3 : T_553_rs3;
  assign T_1846_bits = T_1655 ? T_520_bits : T_407_bits;
  assign T_1846_rd = T_1655 ? T_520_rd : T_407_rd;
  assign T_1846_rs1 = T_1655 ? T_520_rs1 : T_407_rs1;
  assign T_1846_rs2 = T_1655 ? T_520_rs2 : T_407_rs2;
  assign T_1846_rs3 = T_1655 ? T_520_rs3 : T_407_rs3;
  assign T_1852_bits = T_1651 ? T_1836_bits : T_1846_bits;
  assign T_1852_rd = T_1651 ? T_1836_rd : T_1846_rd;
  assign T_1852_rs1 = T_1651 ? T_1836_rs1 : T_1846_rs1;
  assign T_1852_rs2 = T_1651 ? T_1836_rs2 : T_1846_rs2;
  assign T_1852_rs3 = T_1651 ? T_1836_rs3 : T_1846_rs3;
  assign T_1858_bits = T_1647 ? T_1822_bits : T_1852_bits;
  assign T_1858_rd = T_1647 ? T_1822_rd : T_1852_rd;
  assign T_1858_rs1 = T_1647 ? T_1822_rs1 : T_1852_rs1;
  assign T_1858_rs2 = T_1647 ? T_1822_rs2 : T_1852_rs2;
  assign T_1858_rs3 = T_1647 ? T_1822_rs3 : T_1852_rs3;
  assign T_1876_bits = T_1655 ? T_374_bits : T_323_bits;
  assign T_1876_rd = T_1655 ? T_374_rd : T_323_rd;
  assign T_1876_rs1 = T_1655 ? T_374_rs1 : T_323_rs1;
  assign T_1876_rs2 = T_1655 ? T_374_rs2 : T_323_rs2;
  assign T_1876_rs3 = T_1655 ? T_374_rs3 : T_323_rs3;
  assign T_1886_bits = T_1655 ? T_272_bits : T_225_bits;
  assign T_1886_rd = T_1655 ? T_272_rd : T_225_rd;
  assign T_1886_rs1 = T_1655 ? T_272_rs1 : T_225_rs1;
  assign T_1886_rs2 = T_1655 ? T_272_rs2 : T_225_rs2;
  assign T_1886_rs3 = T_1655 ? T_272_rs3 : T_225_rs3;
  assign T_1892_bits = T_1651 ? T_1876_bits : T_1886_bits;
  assign T_1892_rd = T_1651 ? T_1876_rd : T_1886_rd;
  assign T_1892_rs1 = T_1651 ? T_1876_rs1 : T_1886_rs1;
  assign T_1892_rs2 = T_1651 ? T_1876_rs2 : T_1886_rs2;
  assign T_1892_rs3 = T_1651 ? T_1876_rs3 : T_1886_rs3;
  assign T_1906_bits = T_1655 ? T_174_bits : T_133_bits;
  assign T_1906_rd = T_1655 ? T_174_rd : T_133_rd;
  assign T_1906_rs1 = T_1655 ? T_174_rs1 : T_133_rs1;
  assign T_1906_rs2 = T_1655 ? T_174_rs2 : T_133_rs2;
  assign T_1906_rs3 = T_1655 ? T_174_rs3 : T_133_rs3;
  assign T_1916_bits = T_1655 ? T_92_bits : T_53_bits;
  assign T_1916_rd = T_1655 ? T_92_rd : T_53_rd;
  assign T_1916_rs1 = T_1655 ? T_92_rs1 : T_53_rs1;
  assign T_1916_rs2 = T_1655 ? T_92_rs2 : T_53_rs2;
  assign T_1916_rs3 = T_1655 ? T_92_rs3 : T_53_rs3;
  assign T_1922_bits = T_1651 ? T_1906_bits : T_1916_bits;
  assign T_1922_rd = T_1651 ? T_1906_rd : T_1916_rd;
  assign T_1922_rs1 = T_1651 ? T_1906_rs1 : T_1916_rs1;
  assign T_1922_rs2 = T_1651 ? T_1906_rs2 : T_1916_rs2;
  assign T_1922_rs3 = T_1651 ? T_1906_rs3 : T_1916_rs3;
  assign T_1928_bits = T_1647 ? T_1892_bits : T_1922_bits;
  assign T_1928_rd = T_1647 ? T_1892_rd : T_1922_rd;
  assign T_1928_rs1 = T_1647 ? T_1892_rs1 : T_1922_rs1;
  assign T_1928_rs2 = T_1647 ? T_1892_rs2 : T_1922_rs2;
  assign T_1928_rs3 = T_1647 ? T_1892_rs3 : T_1922_rs3;
  assign T_1934_bits = T_1643 ? T_1858_bits : T_1928_bits;
  assign T_1934_rd = T_1643 ? T_1858_rd : T_1928_rd;
  assign T_1934_rs1 = T_1643 ? T_1858_rs1 : T_1928_rs1;
  assign T_1934_rs2 = T_1643 ? T_1858_rs2 : T_1928_rs2;
  assign T_1934_rs3 = T_1643 ? T_1858_rs3 : T_1928_rs3;
  assign T_1940_bits = T_1639 ? T_1784_bits : T_1934_bits;
  assign T_1940_rd = T_1639 ? T_1784_rd : T_1934_rd;
  assign T_1940_rs1 = T_1639 ? T_1784_rs1 : T_1934_rs1;
  assign T_1940_rs2 = T_1639 ? T_1784_rs2 : T_1934_rs2;
  assign T_1940_rs3 = T_1639 ? T_1784_rs3 : T_1934_rs3;
endmodule